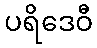
ပရိဒေဝီ